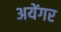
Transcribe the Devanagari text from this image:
अयेंगर